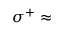
\sigma ^ { + } \approx